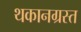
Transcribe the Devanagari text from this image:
थकानग्रस्त